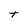
Character: t